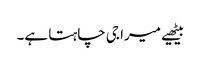
بیٹھیے میرا جی چاہتا ہے۔